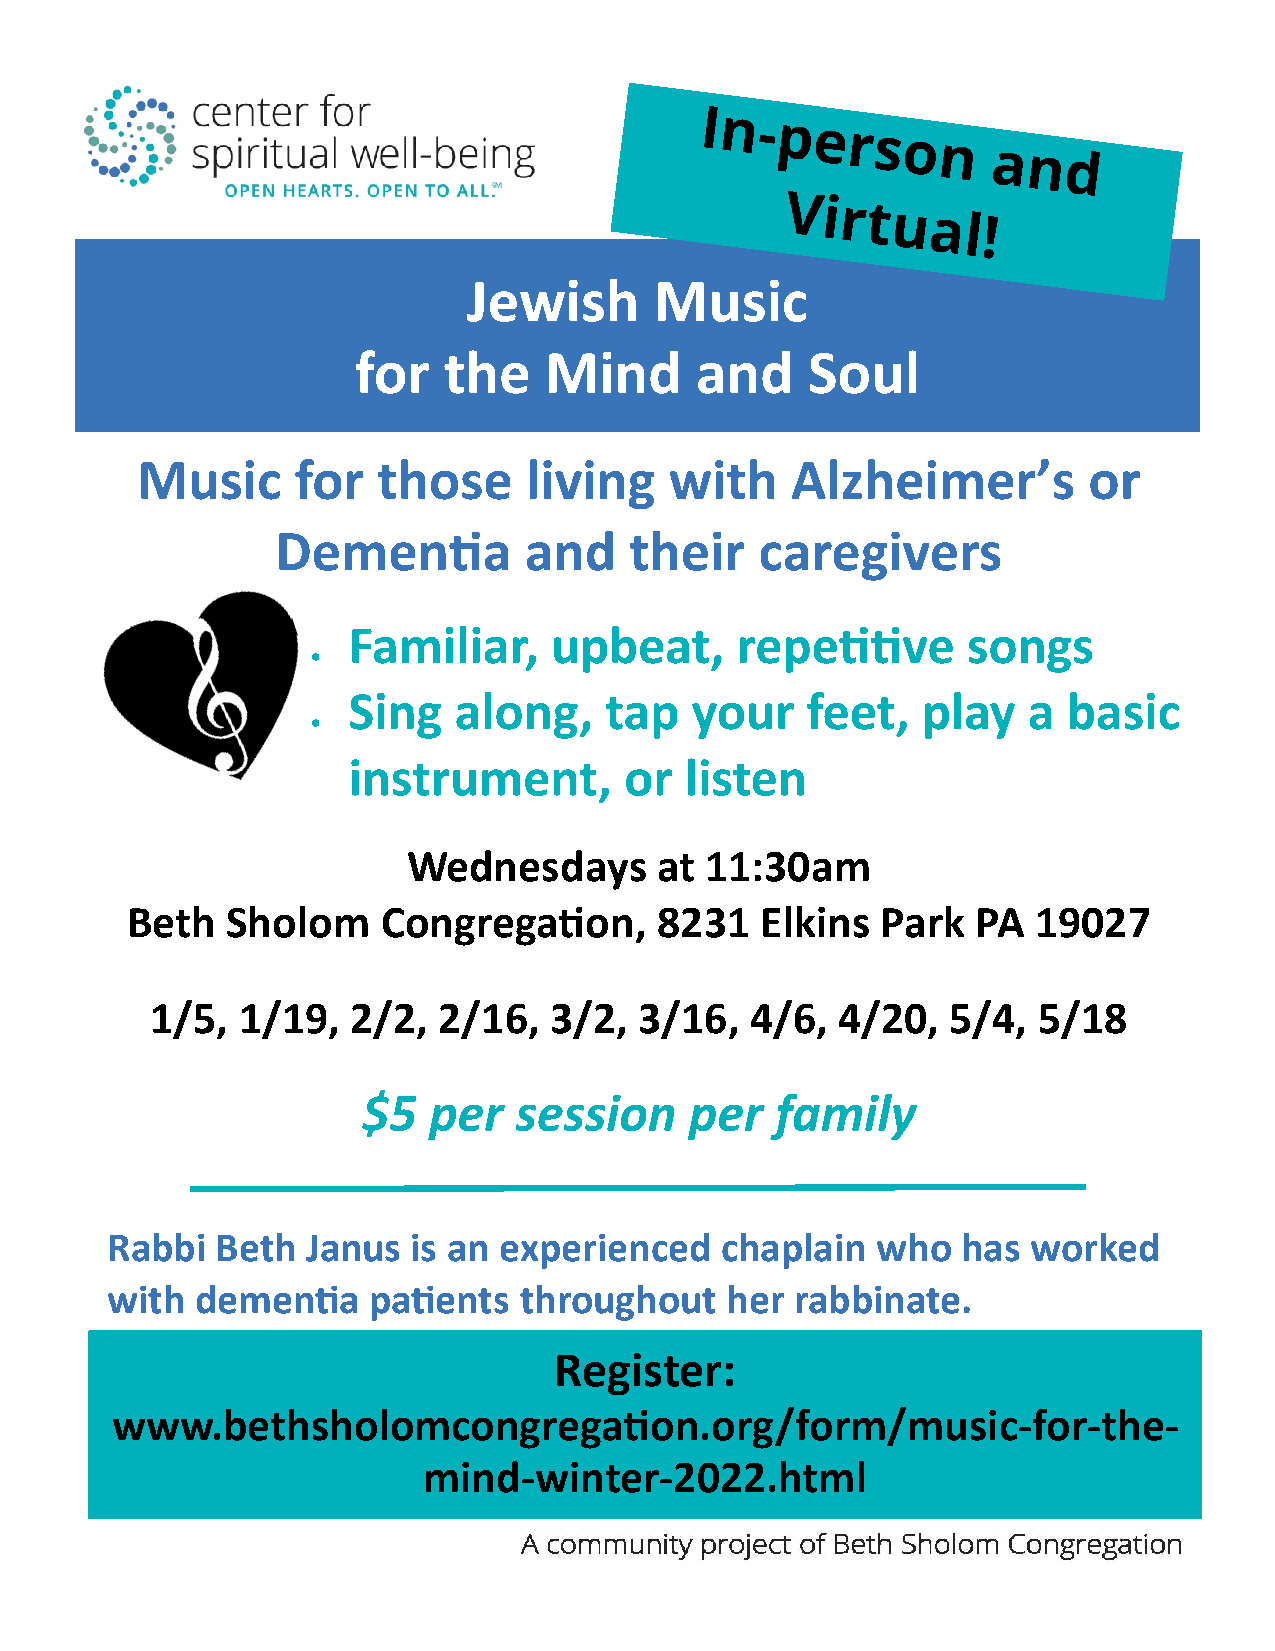
Jewish      Music
 for  the    Mind      and    Soul
 Music      for  those     living   with    Alzheimer’s         or
 Dementia         and    their   caregivers
 Familiar,    upb   eat,   repetitive     songs
 •
 Sing   along,    tap   your   feet,   play   a  basic
 •
 instrument,       or  listen
 Wednesdays       at 11:30am
 Beth   Sholom    Congregation,     8231   Elkins  Park   PA  19027
 1/5,  1/19,  2/2,  2/16,  3/2,  3/16,   4/6, 4/20,   5/4,  5/18
 $5  per   session     per  family
 Rabbi  Beth  Janus  is an experienced    chaplain  who   has worked
 with  dementia   patients  throughout    her  rabbinate.
 Register:
 www.bethsholomcongregation.org/form/music-for-the-
 mind-winter-2022.html